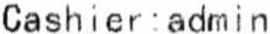
CASHIER : ADMIN